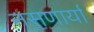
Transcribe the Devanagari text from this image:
नसणार्या